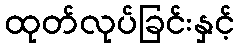
ထုတ်လုပ်ခြင်းနှင့်